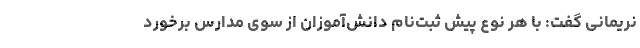
نریمانی گفت: با هر نوع پیش ثبت‌نام دانش‌آموزان از سوی مدارس برخورد